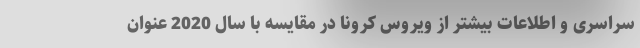
سراسری و اطلاعات بیشتر از ویروس کرونا در مقایسه با سال 2020 عنوان